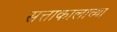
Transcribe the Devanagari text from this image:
सत्ताकालाच्या